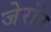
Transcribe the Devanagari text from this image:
जेरॉन